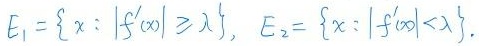
$E_1 = \{ x: |f'(x)| \geq \lambda \}, \ E_2 = \{ x: |f'(x)| < \lambda \}.$